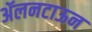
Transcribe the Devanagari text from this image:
ॲलनटाऊन